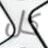
كل